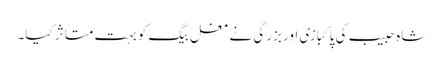
شاہ حبیب کی پاکبازی اور بزرگی نے مغل بیگ کو بہت متاثر کیا۔